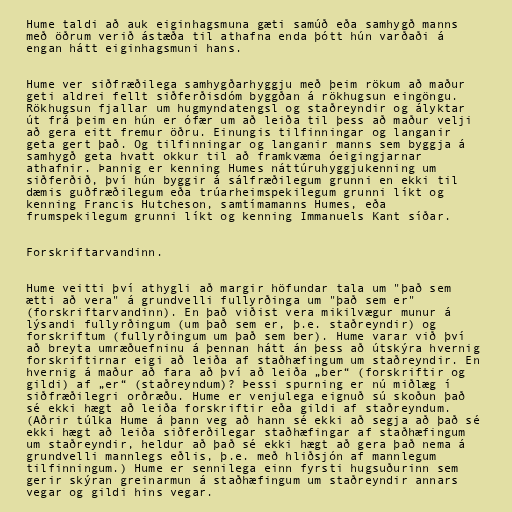
Hume taldi að auk eiginhagsmuna gæti samúð eða samhygð manns
með öðrum verið ástæða til athafna enda þótt hún varðaði á
engan hátt eiginhagsmuni hans.

Hume ver siðfræðilega samhygðarhyggju með þeim rökum að maður
geti aldrei fellt siðferðisdóm byggðan á rökhugsun eingöngu.
Rökhugsun fjallar um hugmyndatengsl og staðreyndir og ályktar
út frá þeim en hún er ófær um að leiða til þess að maður velji
að gera eitt fremur öðru. Einungis tilfinningar og langanir
geta gert það. Og tilfinningar og langanir manns sem byggja á
samhygð geta hvatt okkur til að framkvæma óeigingjarnar
athafnir. Þannig er kenning Humes náttúruhyggjukenning um
siðferðið, því hún byggir á sálfræðilegum grunni en ekki til
dæmis guðfræðilegum eða trúarheimspekilegum grunni líkt og
kenning Francis Hutcheson, samtímamanns Humes, eða
frumspekilegum grunni líkt og kenning Immanuels Kant síðar.

Forskriftarvandinn.

Hume veitti því athygli að margir höfundar tala um "það sem
ætti að vera" á grundvelli fullyrðinga um "það sem er"
(forskriftarvandinn). En það viðist vera mikilvægur munur á
lýsandi fullyrðingum (um það sem er, þ.e. staðreyndir) og
forskriftum (fullyrðingum um það sem ber). Hume varar við því
að breyta umræðuefninu á þennan hátt án þess að útskýra hvernig
forskriftirnar eigi að leiða af staðhæfingum um staðreyndir. En
hvernig á maður að fara að því að leiða „ber“ (forskriftir og
gildi) af „er“ (staðreyndum)? Þessi spurning er nú miðlæg í
siðfræðilegri orðræðu. Hume er venjulega eignuð sú skoðun það
sé ekki hægt að leiða forskriftir eða gildi af staðreyndum.
(Aðrir túlka Hume á þann veg að hann sé ekki að segja að það sé
ekki hægt að leiða siðferðilegar staðhæfingar af staðhæfingum
um staðreyndir, heldur að það sé ekki hægt að gera það nema á
grundvelli mannlegs eðlis, þ.e. með hliðsjón af mannlegum
tilfinningum.) Hume er sennilega einn fyrsti hugsuðurinn sem
gerir skýran greinarmun á staðhæfingum um staðreyndir annars
vegar og gildi hins vegar.